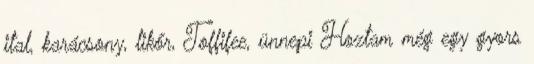
ital, karácsony, likőr, Toffifee, ünnepi Hoztam még egy gyors